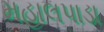
મહાલપાડા